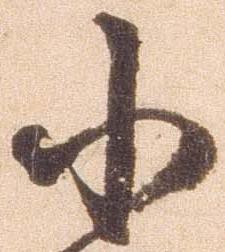
小